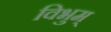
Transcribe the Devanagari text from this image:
विभुम्